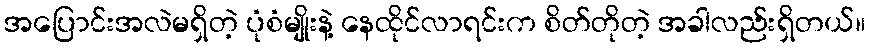
အပြောင်းအလဲမရှိတဲ့ ပုံစံမျိုးနဲ့ နေထိုင်လာရင်းက စိတ်တိုတဲ့ အခါလည်းရှိတယ်။